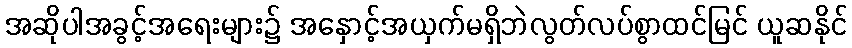
အဆိုပါအခွင့်အရေးများ၌ အနှောင့်အယှက်မရှိဘဲလွတ်လပ်စွာထင်မြင် ယူဆနိုင်